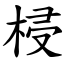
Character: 梫